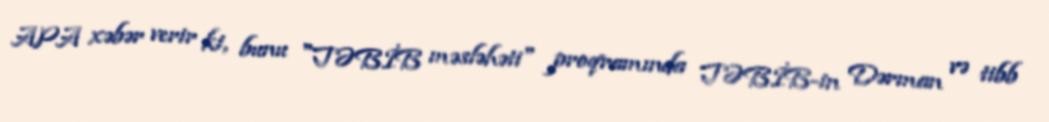
APA xəbər verir ki, bunu "TƏBİB məsləhəti" proqramında TƏBİB-in Dərman və tibb